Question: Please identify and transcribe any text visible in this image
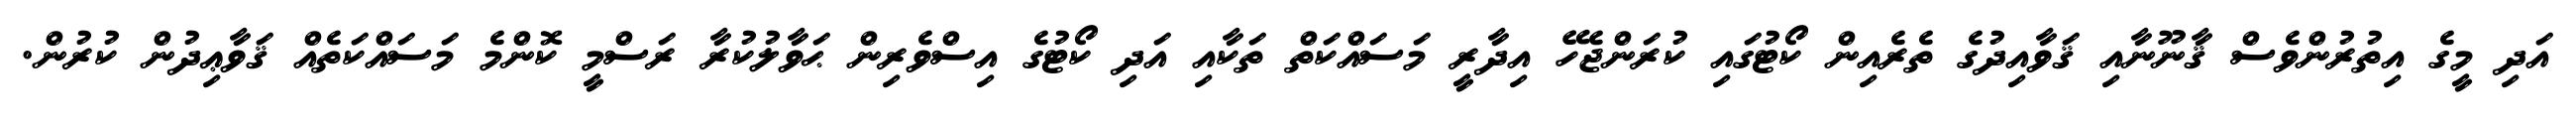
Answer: އަދި މީގެ އިތުރުންވެސް ޤާނޫނާއި ޤަވާއިދުގެ ތެރެއިން ކޯޓުގައި ކުރަންޖެހޭ އިދާރީ މަސައްކަތް ތަކާއި އަދި ކޯޓުގެ އިސްވެރިން ޙަވާލުކުރާ ރަސްމީ ކޮންމެ މަސައްކަތެއް ޤަވާޢިދުން ކުރުން.